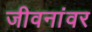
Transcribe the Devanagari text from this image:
जीवनांवर